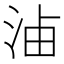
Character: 𣵔